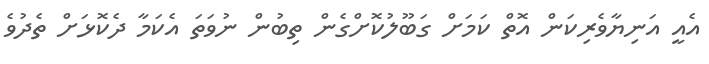
އެއީ އަނިޔާވެރިކަން އޮތް ކަމަށް ގަބޫލުކޮށްގެން ތިބުން ނުވަތަ އެކަމާ ދެކޮޅަށް ތެދުވެ